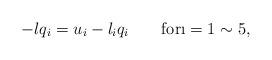
LaTeX: \begin{align*}-lq_i = u_i - l_{i}q_{i} \quad \quad {\rm for} \i=1 \sim 5,\end{align*}